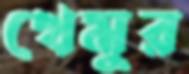
খেমুর